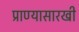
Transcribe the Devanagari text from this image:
प्राण्यासारखी